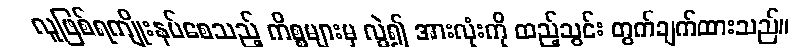
လူဖြစ်ရကျိုးနပ်စေသည့် ကိစ္စများမှ လွဲ၍ အားလုံးကို ထည့်သွင်း တွက်ချက်ထားသည်။